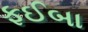
ફઈબા